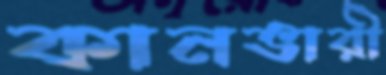
কানভারী